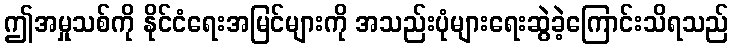
ဤအမှုသစ်ကို နိုင်ငံရေးအမြင်များကို အသည်းပုံများရေးဆွဲခဲ့ကြောင်းသိရသည်